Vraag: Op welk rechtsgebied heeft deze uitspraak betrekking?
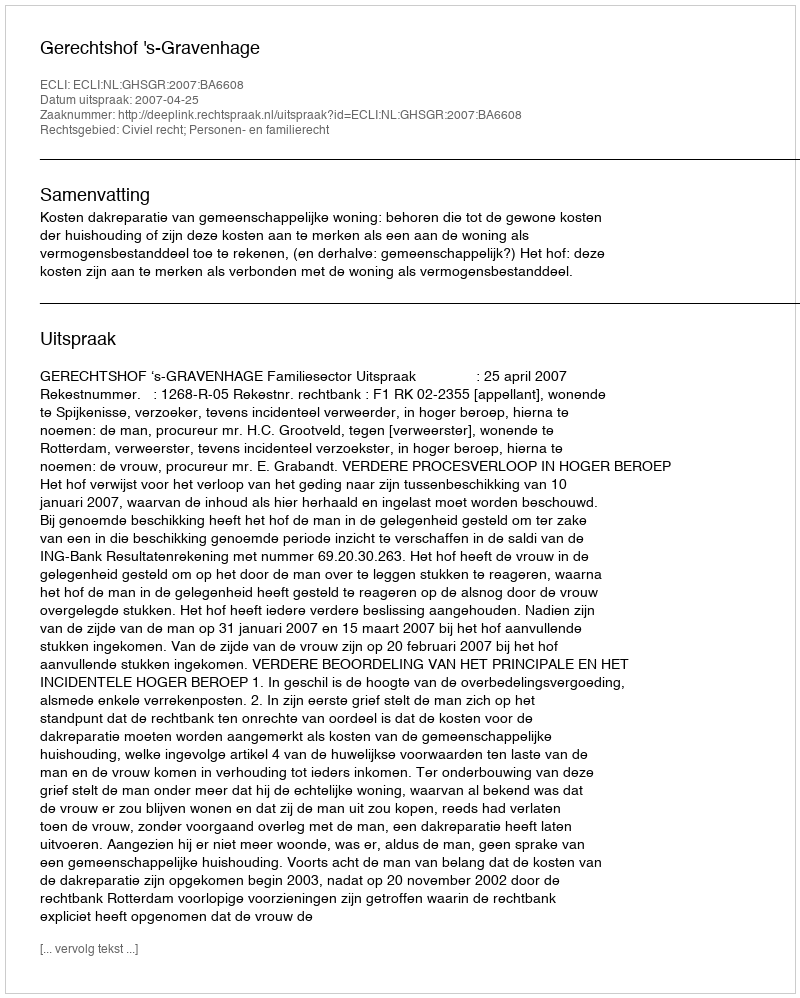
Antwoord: Civiel recht; Personen- en familierecht